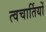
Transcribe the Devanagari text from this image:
त्वचार्तियों